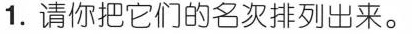
1.请你把它们的名次排列出来。